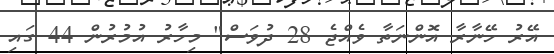
އޭރު ހޭނާރާ އޮންނަތާ ވެއްޖެ 28 ދުވަސް" މިހާރު އުމުރުން 44 ގައި